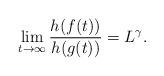
LaTeX: \begin{align*} \lim_{t\to\infty} \frac{h(f(t))}{h(g(t))} = L^\gamma.\end{align*}